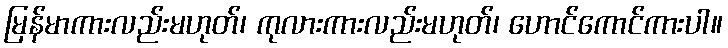
မြန်မာကားလည်းမဟုတ်၊ ကုလားကားလည်းမဟုတ်၊ ဟောင်ကောင်ကားပါ။